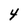
Character: Y